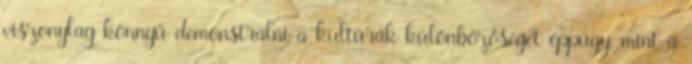
viszonylag könnyű demonstrálni a kultúrák különbözőségét éppúgy, mint a